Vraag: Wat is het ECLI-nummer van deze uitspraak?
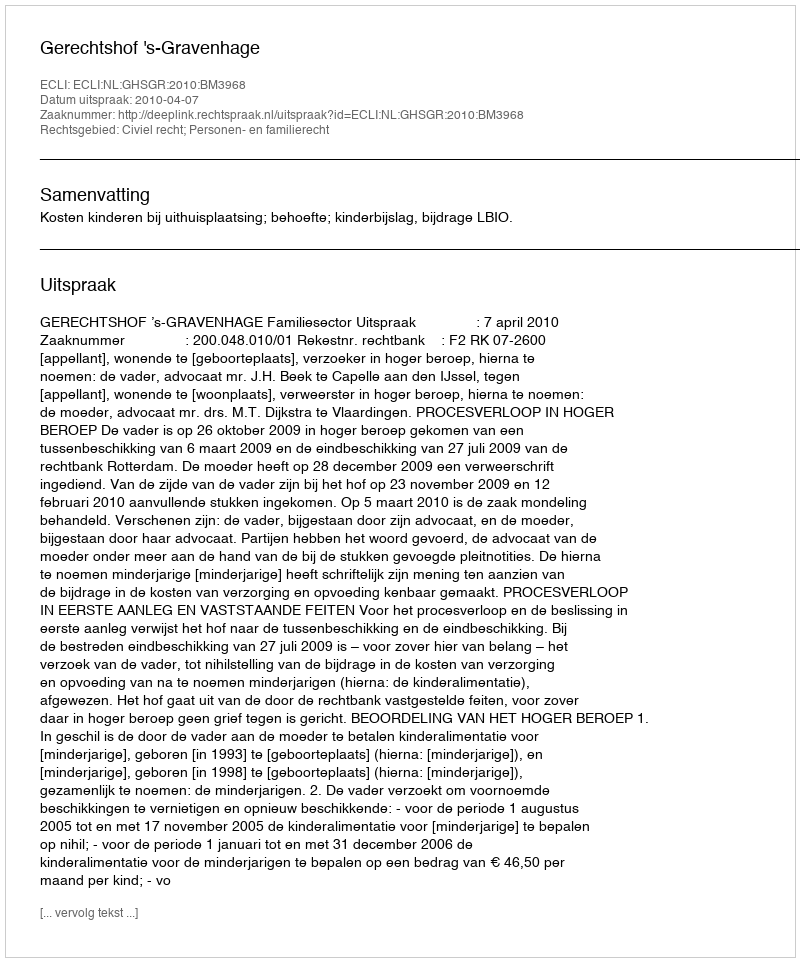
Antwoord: ECLI:NL:GHSGR:2010:BM3968